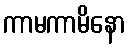
ကာမကာမိနော